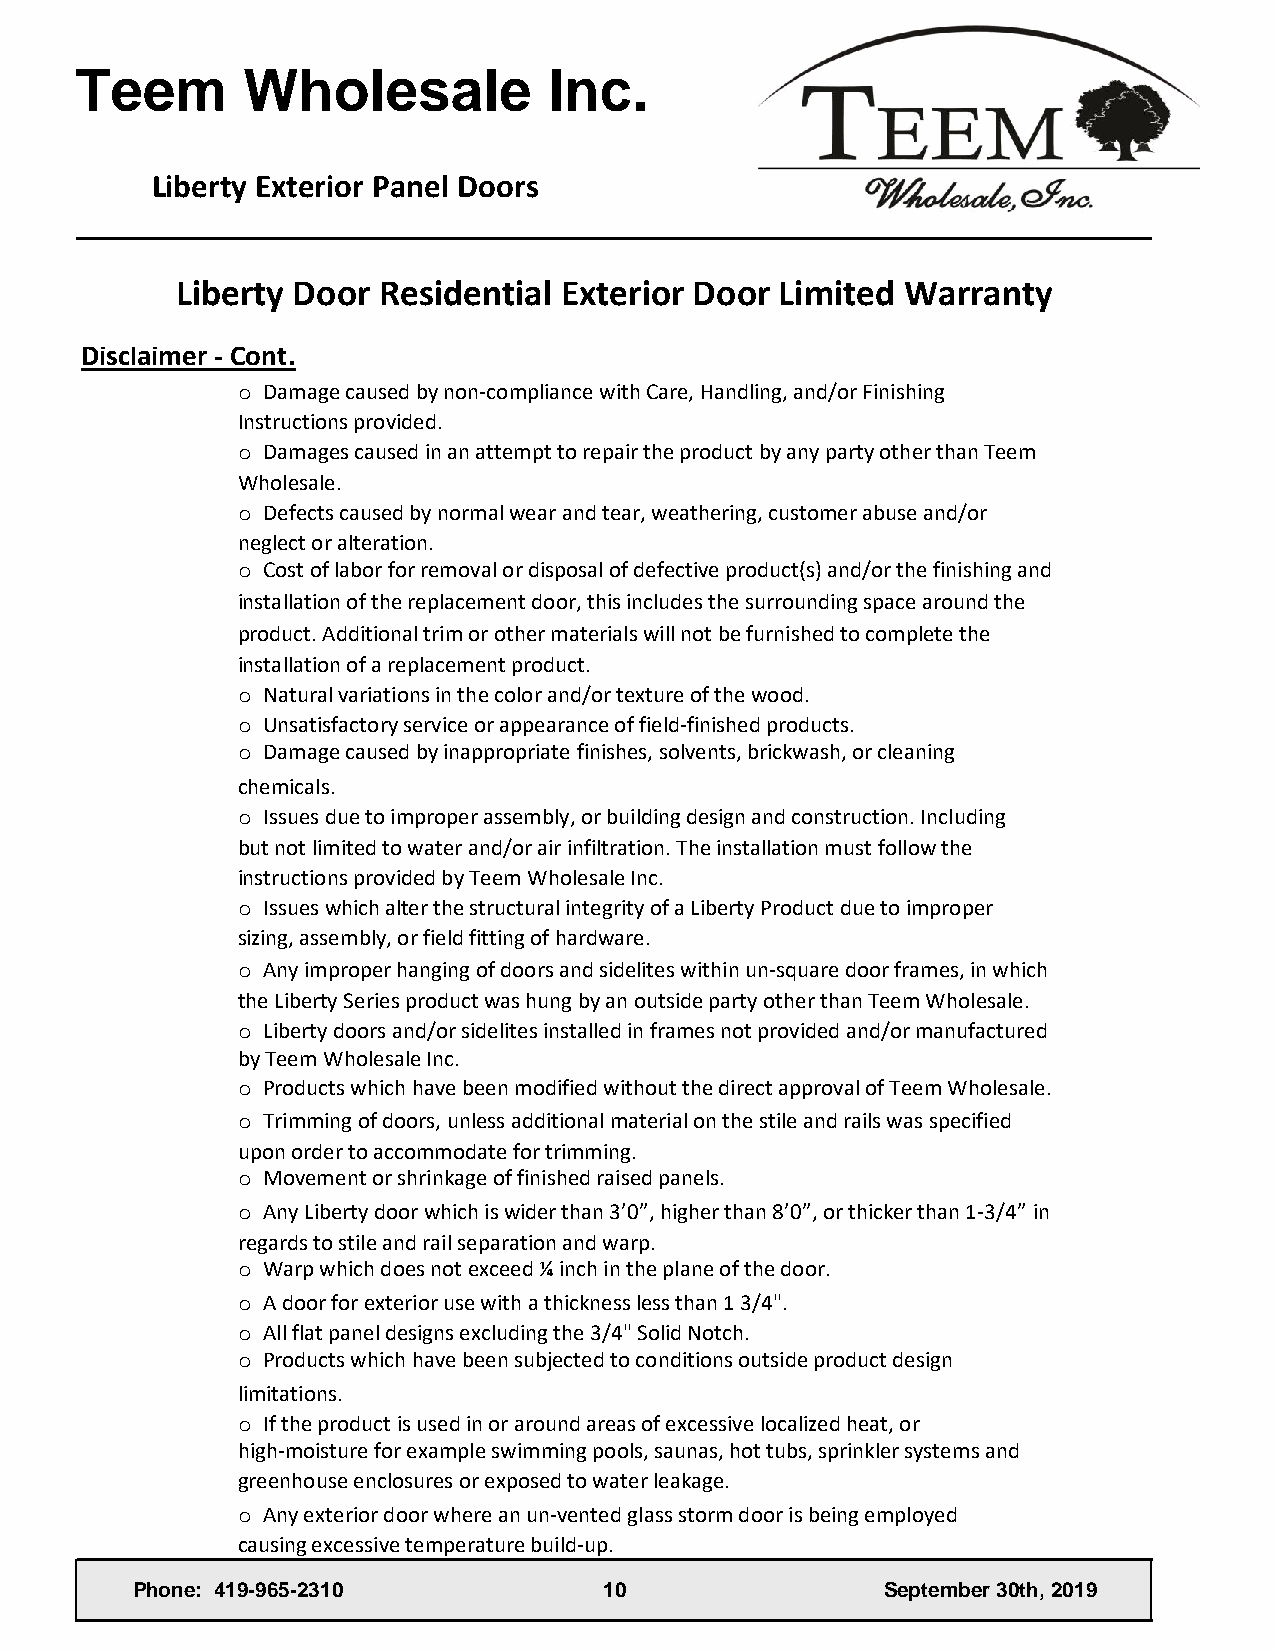
Teem       Wholesale           Inc.
 Liberty Exterior Panel Doors
 Liberty Door Residential Exterior Door  Limited Warranty
 Disclaimer - Cont.
 o Damage caused by non-compliance with Care, Handling, and/or Finishing
 Instructions provided.
 o Damages caused in an attempt to repair the product by any party other than Teem
 Wholesale.
 o Defects caused by normal wear and tear, weathering, customer abuse and/or
 neglect or alteration.
 o Cost of labor for removal or disposal of defective product(s) and/or the finishing and
 installation of the replacement door, this includes the surrounding space around the
 product. Additional trim or other materials will not be furnished to complete the
 installation of a replacement product.
 o Natural variations in the color and/or texture of the wood.
 o Unsatisfactory service or appearance of field-finished products.
 o Damage caused by inappropriate finishes, solvents, brickwash, or cleaning
 chemicals.
 o Issues due to improper assembly, or building design and construction. Including
 but not limited to water and/or air infiltration. The installation must follow the
 instructions provided by Teem Wholesale Inc.
 o Issues which alter the structural integrity of a Liberty Product due to improper
 sizing, assembly, or field fitting of hardware.
 o Any improper hanging of doors and sidelites within un-square door frames, in which
 the Liberty Series product was hung by an outside party other than Teem Wholesale.
 o Liberty doors and/or sidelites installed in frames not provided and/or manufactured
 by Teem Wholesale Inc.
 o Products which have been modified without the direct approval of Teem Wholesale.
 o Trimming of doors, unless additional material on the stile and rails was specified
 upon order to accommodate for trimming.
 o Movement or shrinkage of finished raised panels.
 o Any Liberty door which is wider than 3’0”, higher than 8’0”, or thicker than 1-3/4” in
 regards to stile and rail separation and warp.
 o Warp which does not exceed ¼ inch in the plane of the door.
 o A door for exterior use with a thickness less than 1 3/4".
 o All flat panel designs excluding the 3/4" Solid Notch.
 o Products which have been subjected to conditions outside product design
 limitations.
 o If the product is used in or around areas of excessive localized heat, or
 high-moisture for example swimming pools, saunas, hot tubs, sprinkler systems and
 greenhouse enclosures or exposed to water leakage.
 o Any exterior door where an un-vented glass storm door is being employed
 causing excessive temperature build-up.
 Phone: 419-965-2310            10                 September 30th, 2019